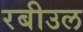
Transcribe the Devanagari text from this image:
रबीउल